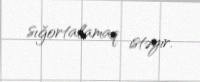
sığortalamaq istəyir.